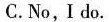
C.No,Ido.